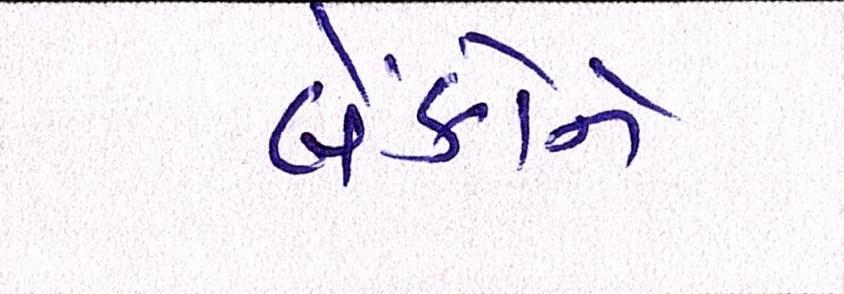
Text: બેંકોને